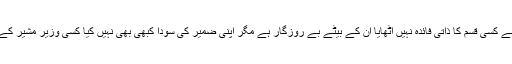
مرحوم نے پی پی پی کی دور حکومت میں بھی ان سے کسی قسم کا ذاتی فائدہ نہیں اٹھایا ان کے بیٹے بے روزگار ہے مگر اپنی ضمیر کی سودا کبھی بھی نہیں کیا کسی وزیر مشیر کے سامنے نہیں گڑ گڑایا اور اپنے خودی پر قائم رہے۔